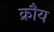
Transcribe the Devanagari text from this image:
क्रौय